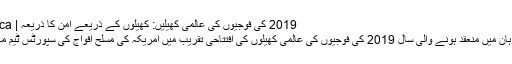
2019 کی فوجیوں کی عالمی کھیلیں: کھیلوں کے ذریعے امن کا ذریعہ | ShareAmerica
چین کے شہر وُوہان میں منعقد ہونے والی سال 2019 کی فوجیوں کی عالمی کھیلوں کی افتتاحی تقریب میں امریکہ کی مسلح افواج کی سپورٹس ٹیم مارچ کر رہی ہے۔